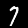
Label: 7